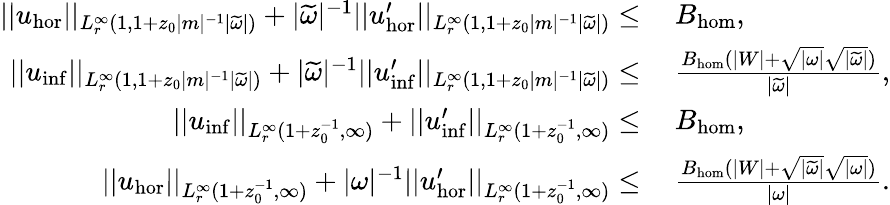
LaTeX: \begin{array}{rl}{||u_{\mathrm{hor}}||_{L_{r}^{\infty}(1,1+z_{0}|m|^{-1}|\widetilde{\omega}|)}+|\widetilde{\omega}|^{-1}||u_{\mathrm{hor}}^{\prime}||_{L_{r}^{\infty}(1,1+z_{0}|m|^{-1}|\widetilde{\omega}|)}\leq}&{\: B_{\mathrm{hom}},}\\ {||u_{\mathrm{inf}}||_{L_{r}^{\infty}(1,1+z_{0}|m|^{-1}|\widetilde{\omega}|)}+|\widetilde{\omega}|^{-1}||u_{\mathrm{inf}}^{\prime}||_{L_{r}^{\infty}(1,1+z_{0}|m|^{-1}|\widetilde{\omega}|)}\leq}&{\: \frac{B_{\mathrm{hom}}(|W|+\sqrt{|\omega|}\sqrt{|\widetilde{\omega}|})}{|\widetilde{\omega}|},}\\ {||u_{\mathrm{inf}}||_{L_{r}^{\infty}(1+z_{0}^{-1},\infty)}+||u_{\mathrm{inf}}^{\prime}||_{L_{r}^{\infty}(1+z_{0}^{-1},\infty)}\leq}&{\: B_{\mathrm{hom}},}\\ {||u_{\mathrm{hor}}||_{L_{r}^{\infty}(1+z_{0}^{-1},\infty)}+|\omega|^{-1}||u_{\mathrm{hor}}^{\prime}||_{L_{r}^{\infty}(1+z_{0}^{-1},\infty)}\leq}&{\: \frac{B_{\mathrm{hom}}(|W|+\sqrt{|\widetilde{\omega}|}\sqrt{|\omega|})}{|\omega|}.}\end{array}